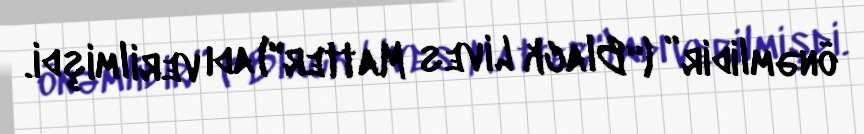
önəmlidir” (“Black Lives Matter") adı verilmişdi.